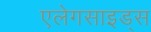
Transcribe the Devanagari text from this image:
एलेगसाइड्स